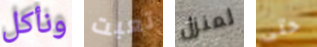
ونأكل تعبت لمنزل حتى